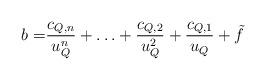
LaTeX: \begin{align*} b =& \frac{c_{Q,n}}{u_Q^n} + \ldots + \frac{c_{Q,2}}{u_Q^2} + \frac{c_{Q,1}}{u_Q} + \tilde{f}\end{align*}